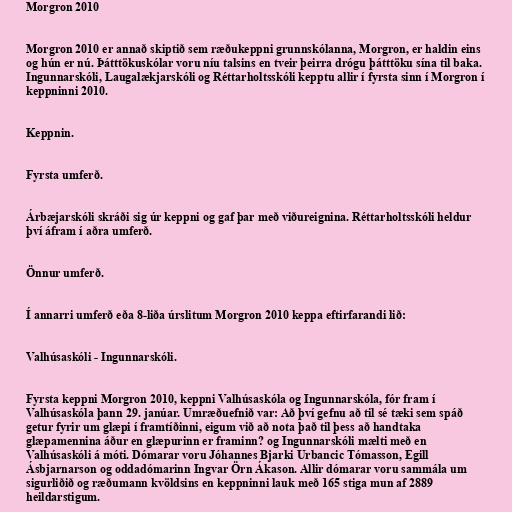
Morgron 2010

Morgron 2010 er annað skiptið sem ræðukeppni grunnskólanna, Morgron, er haldin eins
og hún er nú. Þátttökuskólar voru níu talsins en tveir þeirra drógu þátttöku sína til baka.
Ingunnarskóli, Laugalækjarskóli og Réttarholtsskóli kepptu allir í fyrsta sinn í Morgron í
keppninni 2010.

Keppnin.

Fyrsta umferð.

Árbæjarskóli skráði sig úr keppni og gaf þar með viðureignina. Réttarholtsskóli heldur
því áfram í aðra umferð.

Önnur umferð.

Í annarri umferð eða 8-liða úrslitum Morgron 2010 keppa eftirfarandi lið:

Valhúsaskóli - Ingunnarskóli.

Fyrsta keppni Morgron 2010, keppni Valhúsaskóla og Ingunnarskóla, fór fram í
Valhúsaskóla þann 29. janúar. Umræðuefnið var: Að því gefnu að til sé tæki sem spáð
getur fyrir um glæpi í framtíðinni, eigum við að nota það til þess að handtaka
glæpamennina áður en glæpurinn er framinn? og Ingunnarskóli mælti með en
Valhúsaskóli á móti. Dómarar voru Jóhannes Bjarki Urbancic Tómasson, Egill
Ásbjarnarson og oddadómarinn Ingvar Örn Ákason. Allir dómarar voru sammála um
sigurliðið og ræðumann kvöldsins en keppninni lauk með 165 stiga mun af 2889
heildarstigum.